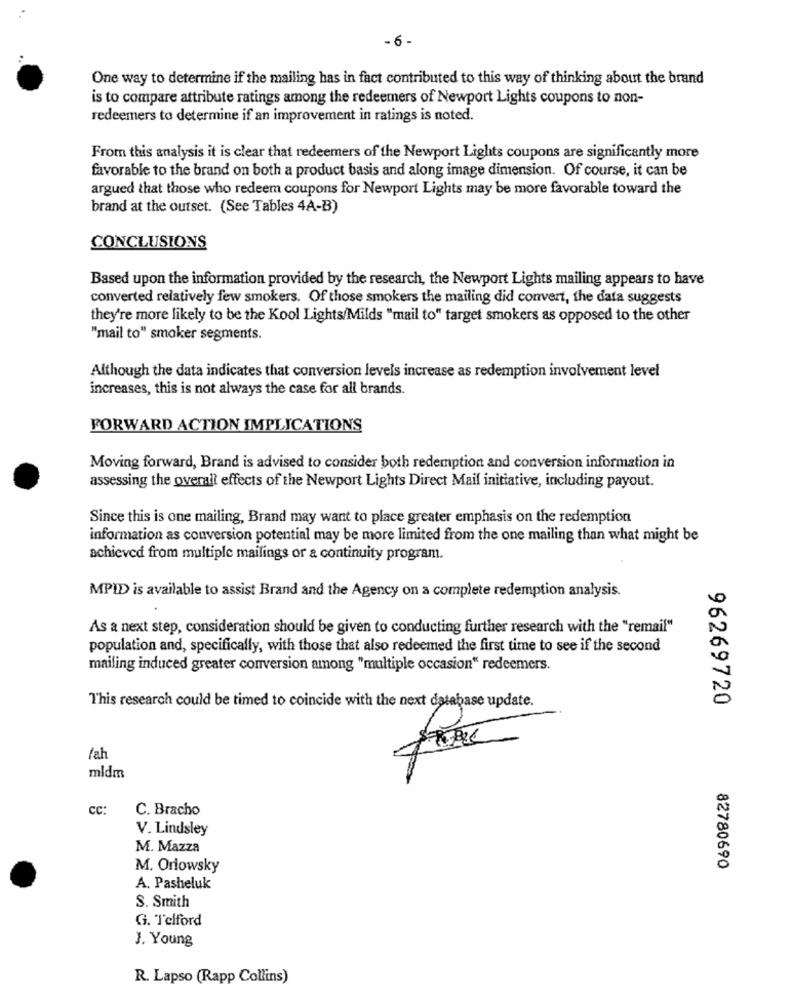
- 6-
One way to determine if the mailing has in fact contributed to this way of thinking about the brand
is to compare attribute ratings among the redeemers of Newport Lights coupons to non-
redeemers to determine if an improvement in ratings is noted.
From this analysis it is clear that redeemers of the Newport Lights coupons are significantly more
favorable to the brand on both a product basis and along image dimension. Of course, it can be
argued that those who redeem coupons for Newport Lights may be more favorable toward the
brand at the outset. (See Tables 4A-B)
CONCLUSIONS
Based upon the information provided by the research, the Newport Lights mailing appears to have
converted relatively few smokers. Of those smokers the mailing did convert, the data suggests
they're more likely to be the Kool Lights/Milds "mail to" target smokers as opposed to the other
"mail to" smoker segments.
Although the data indicates that conversion levels increase as redemption involvement level
increases, this is not always the case for all brands.
FORWARD ACTION IMPLICATIONS
Moving forward, Brand is advised to consider both redemption and conversion information in
assessing the overall effects of the Newport Lights Direct Mail initiative, including payout.
Since this is one mailing, Brand may want to place greater emphasis on the redemption
information as conversion potential may be more limited from the one mailing than what might be
achieved from multiple mailings or a continuity program.
MPID is available to assist Brand and the Agency on a complete redemption analysis.
As a next step, consideration should be given to conducting further research with the "remail"
population and, specifically, with those that also redeemed the first time to see if the second
mailing induced greater conversion among "multiple occasion" redeemers.
96269720
This research could be timed to coincide with the next database update.
fah
mldm
CC:
C. Bracho
V. Lindsley
M. Mazza
M. Orlowsky
82780690
A. Pasheluk
S. Smith
G. Telford
J. Young
R. Lapso (Rapp Collins)